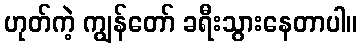
ဟုတ်ကဲ့ ကျွန်တော် ခရီးသွားနေတာပါ။